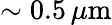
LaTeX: \sim 0.5\, \mu\mathrm{m}